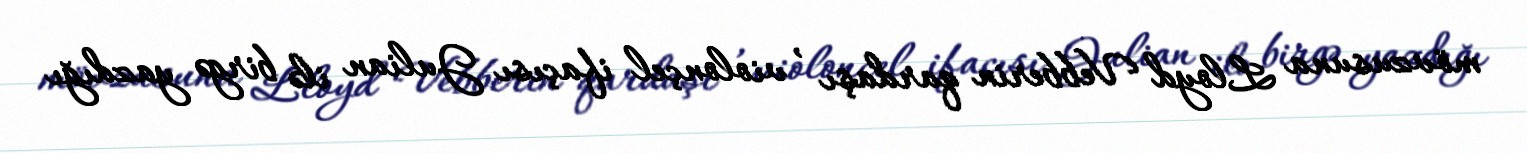
mövzusuna Lloyd Vebberin qardaşı , violonçel ifaçısı Julian ilə birgə yazdığı